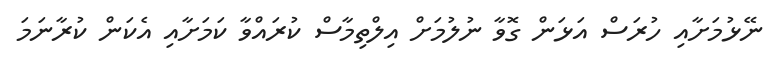
ނޭޅުމަށާއި ހުރަސް އަޅަން ގޮވާ ނުލުމަށް އިލްތިމާސް ކުރައްވާ ކަމަށާއި އެކަން ކުރާނަމަ